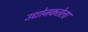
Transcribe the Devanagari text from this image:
उद्योजकतेला